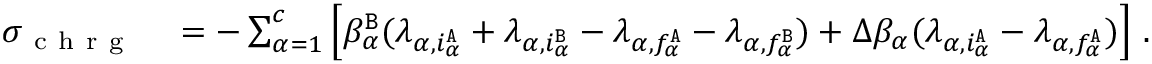
\begin{array} { r l } { \sigma _ { \mathrm { ~ c ~ h ~ r ~ g ~ } } } & { { } = - \sum _ { \alpha = 1 } ^ { c } \left[ \beta _ { \alpha } ^ { \tt B } ( \lambda _ { \alpha , i _ { \alpha } ^ { \tt A } } + \lambda _ { \alpha , i _ { \alpha } ^ { \tt B } } - \lambda _ { \alpha , f _ { \alpha } ^ { \tt A } } - \lambda _ { \alpha , f _ { \alpha } ^ { \tt B } } ) + \Delta \beta _ { \alpha } ( \lambda _ { \alpha , i _ { \alpha } ^ { \tt A } } - \lambda _ { \alpha , f _ { \alpha } ^ { \tt A } } ) \right] \, . } \end{array}